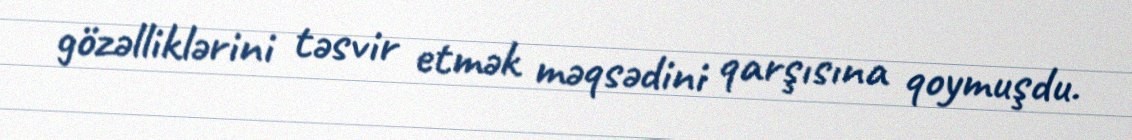
gözəlliklərini təsvir etmək məqsədini qarşısına qoymuşdu.